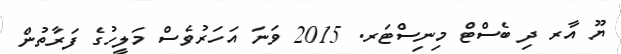
ޔޫ އާރ ދި ބެސްޓް މިނިސްޓަރ. 2015 ވަނަ އަހަރުވެސް މަލީހުގެ ފަރާތުން